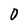
Character: O